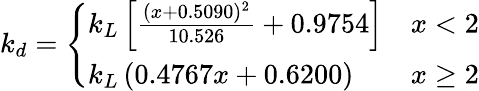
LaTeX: k_{d}=\left\{ \begin{array}{ll}{k_{L}\left[\frac{(x+0.5090)^{2}}{10.526}+0.9754\right]}&{x<2}\\ {k_{L}\left(0.4767x+0.6200\right)}&{x\geq 2}\end{array}\right.